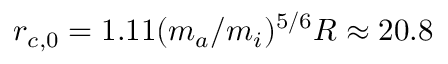
r _ { c , 0 } = 1 . 1 1 ( m _ { a } / m _ { i } ) ^ { 5 / 6 } R \approx 2 0 . 8